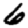
Digit: 6